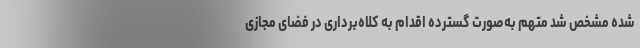
شده مشخص شد متهم به‌صورت گسترده اقدام به کلاه‌برداری در فضای مجازی